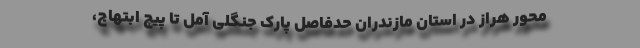
محور هراز در استان مازندران‌ حدفاصل پارک جنگلی آمل تا پیچ ابتهاج،